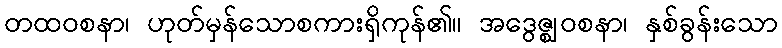
တထဝစနာ၊ ဟုတ်မှန်သောစကားရှိကုန်၏။ အဒွေဇ္ဈဝစနာ၊ နှစ်ခွန်းသော